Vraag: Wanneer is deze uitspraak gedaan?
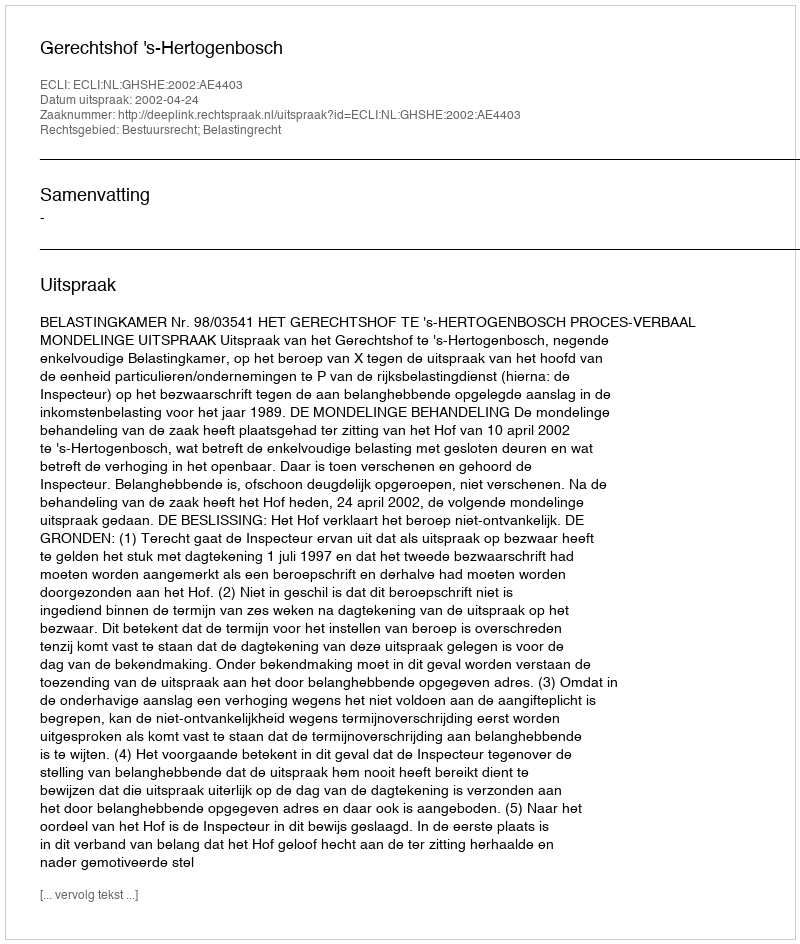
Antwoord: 2002-04-24